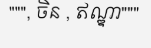
""", ចិន , ឥណ្ឌា"""